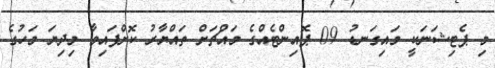
މި ޕެޓިޝަނަކީ މައިގަނޑު 09 ޕޮއިންޓެއްގެ މައްޗަށް ތައްޔާރު ކޮށްފައިވާ މިދިޔަ މަހުގެ